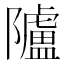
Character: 𨽜